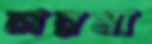
চারমা